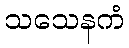
သသေနကံ